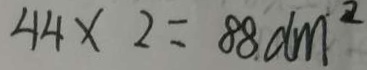
4 4 \times 2 = 8 8 d m ^ { 2 }